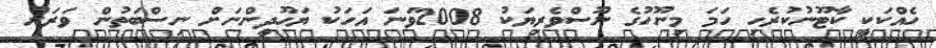
ހެއްކަކީ ކާޓޫނުކުރެހި ހަމަ މިނޫހުގެ ނޫސްވެރިޔަކު 2008ވަނަ އަހަކު ޔަހޫދީންނަށް ނިސްބަތުން ވަރަށް